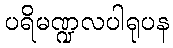
ပရိမဏ္ဍလပါရုပန